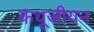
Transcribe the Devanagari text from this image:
कथूजीयन